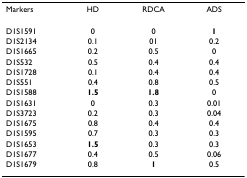
| Markers | HD | RDCA | ADS |
 | --- | --- | --- | --- |
 | D1S1591 | 0 | 0 | 1 |
 | D1S2134 | 0.1 | 01 | 0.2 |
 | D1S1665 | 0.2 | 0.5 | 0 |
 | D1S532 | 0.5 | 0.4 | 0.4 |
 | D1S1728 | 0.1 | 0.4 | 0.4 |
 | D1S551 | 0.4 | 0.8 | 0.5 |
 | D1S1588 | 1.5 | 1.8 | 0 |
 | D1S1631 | 0 | 0.3 | 0.01 |
 | D1S3723 | 0.2 | 0.3 | 0.04 |
 | D1S1675 | 0.8 | 0.4 | 0.4 |
 | D1S1595 | 0.7 | 0.3 | 0.3 |
 | D1S1653 | 1.5 | 0.3 | 0.3 |
 | D1S1677 | 0.4 | 0.5 | 0.06 |
 | D1S1679 | 0.8 | 1 | 0.5 |